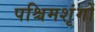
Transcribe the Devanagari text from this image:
पश्चिमशृंगों